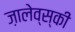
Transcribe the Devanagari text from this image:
ज़ालेव्स्की